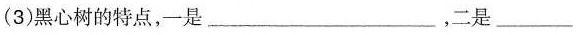
(3)黑心树的特点，一是___，二是___